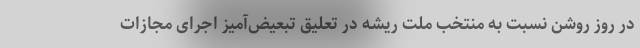
در روز روشن نسبت به منتخب ملت ریشه در تعلیق تبعیض‌آمیز اجرای مجازات